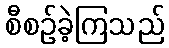
စီစဉ်ခဲ့ကြသည်